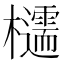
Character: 𪴠